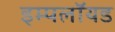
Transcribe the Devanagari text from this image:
इम्पलॉयड